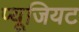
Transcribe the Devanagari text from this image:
प्यूजियट